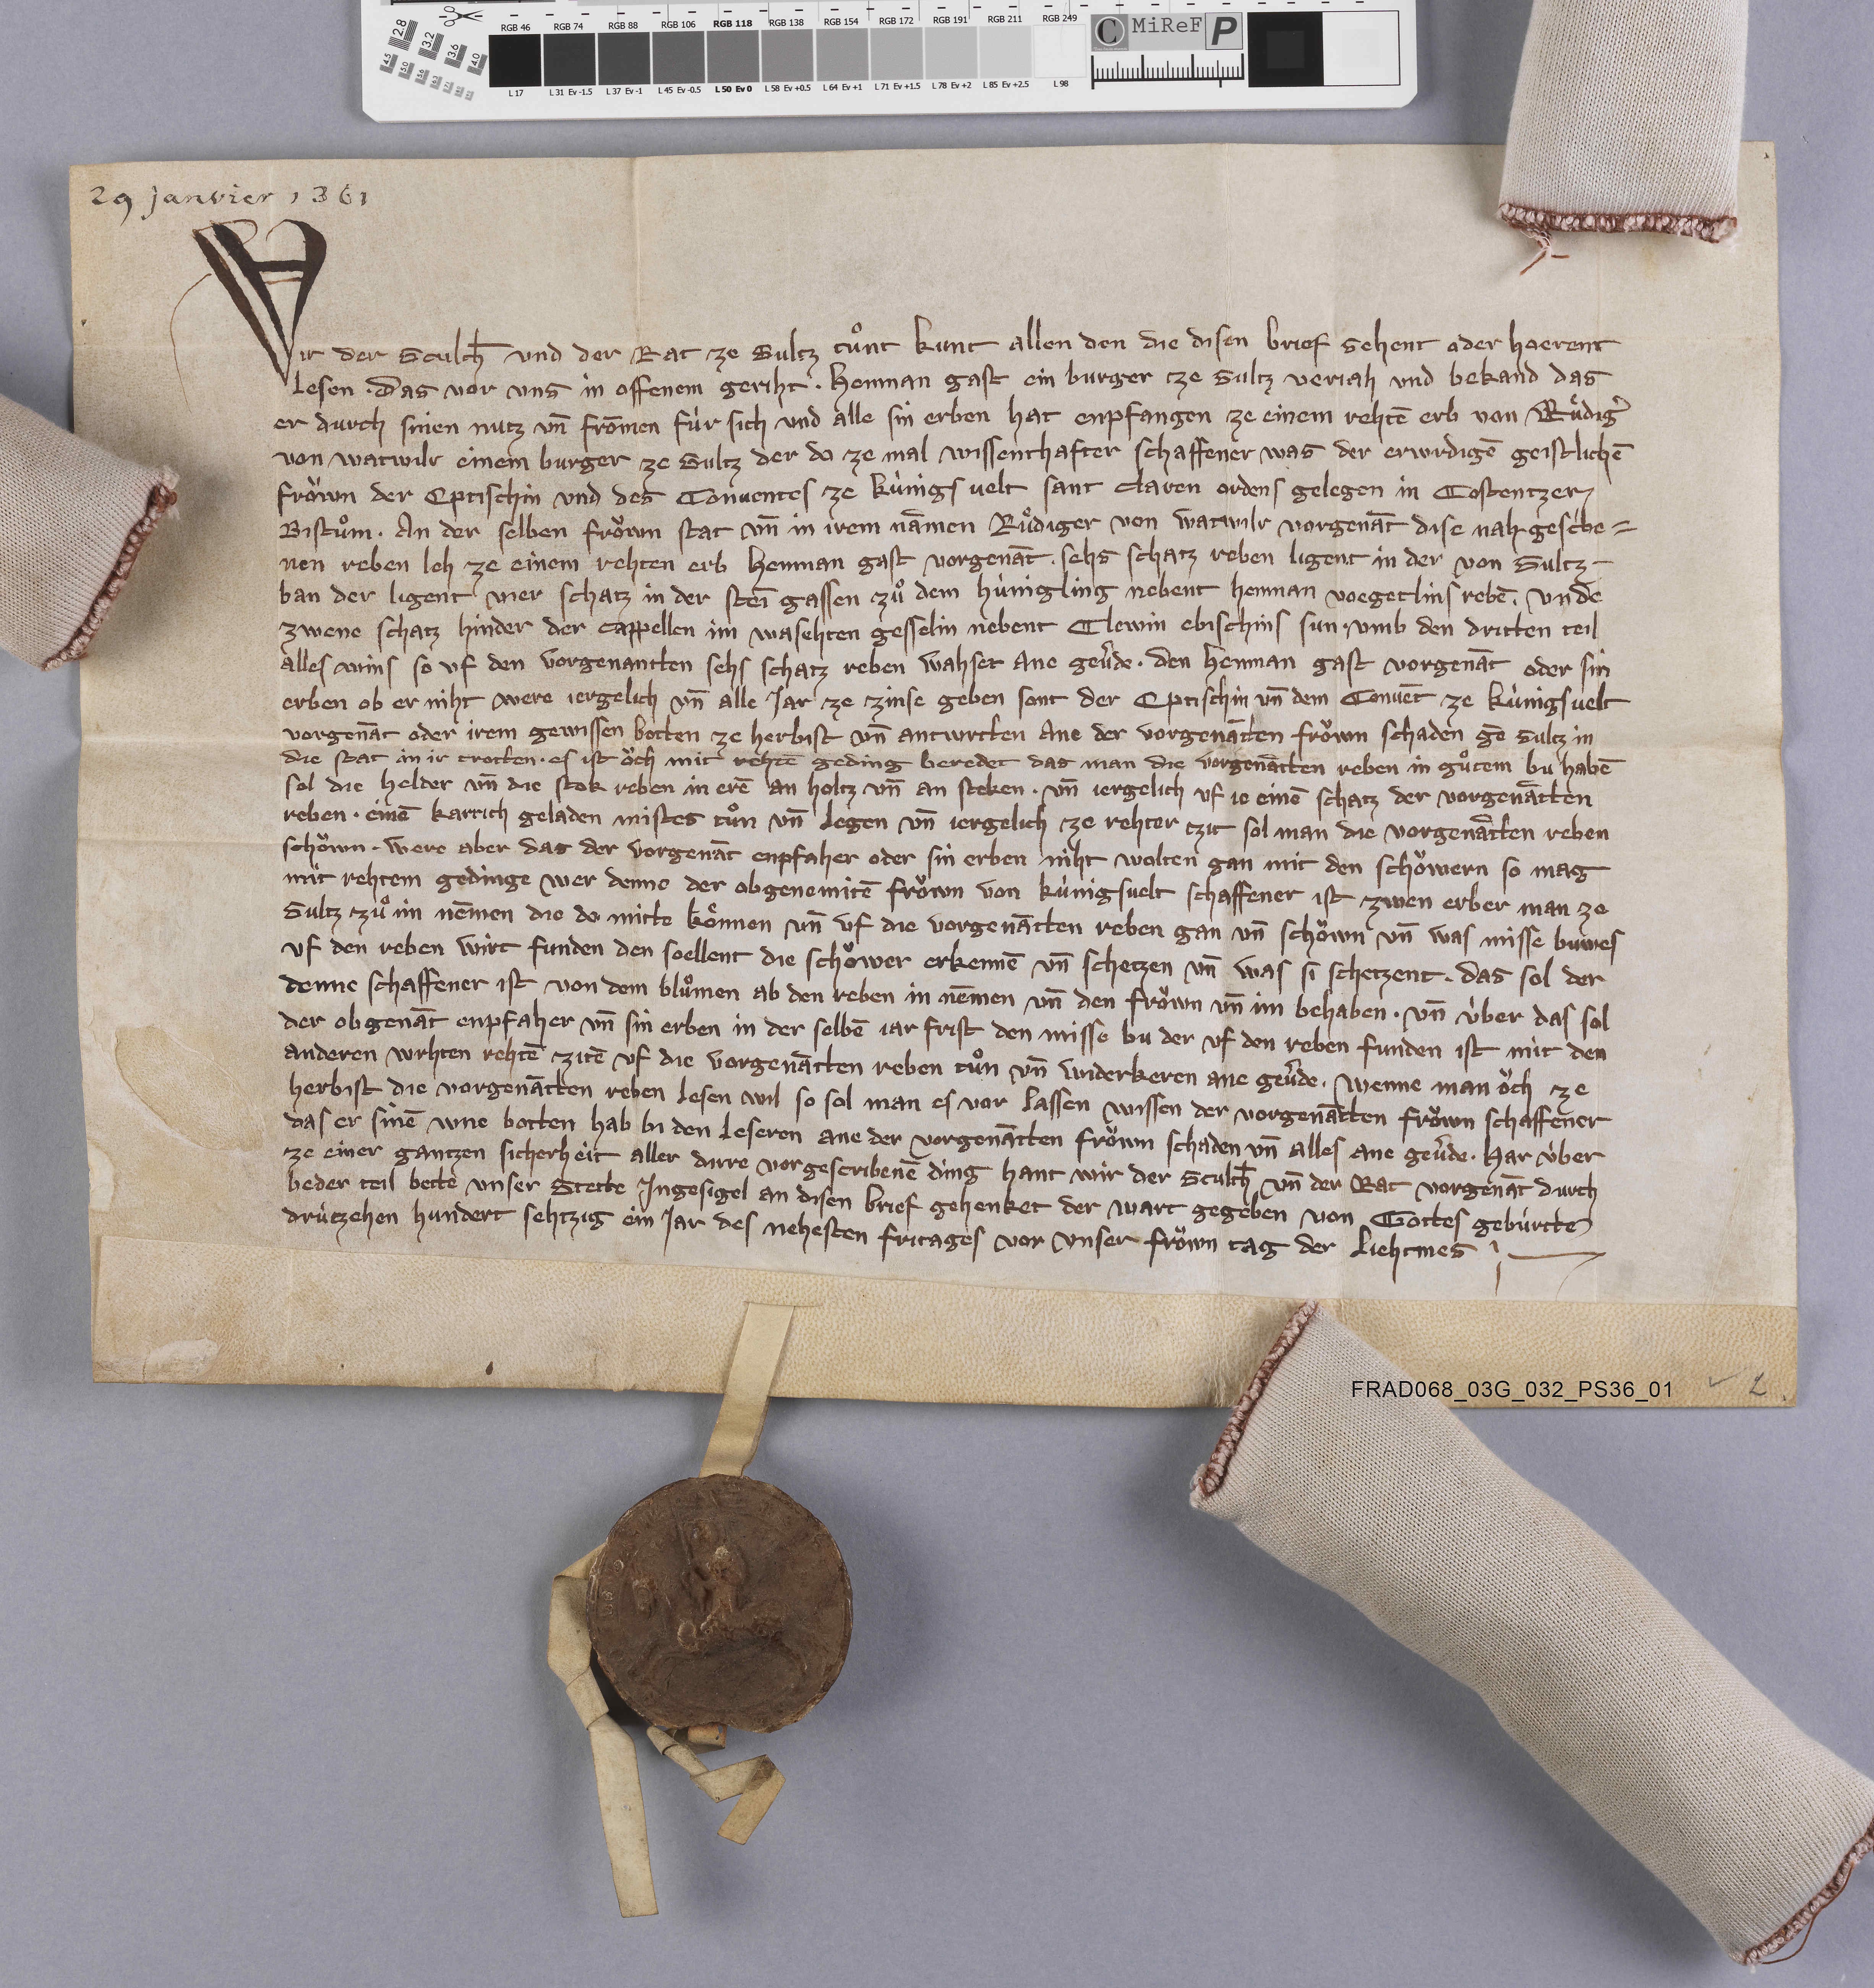
29 janvier 1361

Wir der sculth̄ und der rat ze Sultz tuͦnt kunt allen den die disen brief sehent oder hoerent
lesen ✳ das vor uns in offenem geriht ✳ Henman Gast ein burger ze Sultz verjah und bekand das
er durch sinen nutz un̄ frōmen fùr sich und alle sin erben hat enpfangen ze einem rehtē erb von Ruͤdigˀ
von Watwilr einem burger ze Sultz der do ze mal wissenthafter schaffener was der erwrdigē geistlichē
froͧwn der eptischin und des conventes ze Kùnigs velt Sant Claren ordens gelegen in Costentzer
bistuͦm ✳ an der selben froͧwn stat un̄ in irem nāmen Ruͤdiger von Watwilr vorgenāt dise nah gescˀbe¬
nen reben leh ze einem rehten erb Henman Gast vorgenāt ✳ sehs schatz reben ligent in der von Sultz ✳
ban der ligent vier schatz in der Steīgassen zuͦ dem Hùnigling nebent Henman Voegetlins rebē ✳ unde
zwene schatz hinder der cappellen im Wasehten Gesselin nebent Clewin Ebischins sun ✳ umb den dritten teil
alles wins so uf den vorgenantten sehs schatz reben wahset ane gevˀde ✳ den Henman Gast vorgenāt oder sin
erben ob er niht were jergelich un̄ alle jar ze zinse geben sont der eptischin un̄ dem convēt ze Kùnigsvelt
vorgenāt oder irem gewissen botten ze herbist un̄ antwrtten ane der vorgenātten froͧwn schaden gē Sultz in
die stat in ir trotten. ✳ es ist oͧch mit rehtē geding beredet das man die vorgenātten reben in guͦtem bu habē
sol die helder un̄ die stok reben in erē an holtz un̄ an steken. ✳ un̄ jergelich uf je einē schatz der vorgenātten
reben ✳ einē karrich geladen mistet tuͦn un̄  legen un̄ jergelich ze rehter tzit sol man die vorgenātten reben
schoͧwn. ✳ were aber das der vorgenāt enpfaher oder sin erben niht wolten gan mit den schoͧwern so mag
mit rehtem gedinge wer denne der obgenemitē froͧwn von Kùnigsvelt schaffener ist zwen erber man ze
Sultz zuͦ im nēmen die do mitt koͤnnen un̄ uf die vorgenātten reben gan un̄ schoͧwn un̄ was misse buwes
uf den reben wirt funden den soellent die schoͧwer erkennē un̄ schetzen un̄ was si schetzent ✳ das sol der
denne schaffener ist von dem bluͦmen ab den reben in nēmen un̄ den froͧwn un̄ im behaben. ✳ un̄ ùber das sol
der obgenāt enpfaher un̄ sin erben in der selbē jar frist den misse bu der uf den reben funden ist mit den
anderen wrhten rehtē zitē uf die vorgenātten reben tuͦn un̄ underkeren ane gevˀde. ✳ wenne man oͧch ze
herbist die vorgenātten reben lesen wil so sol man es vor lassen wissen der vogenātten froͧwn schaffener
das er sinē wne botten hab bi den leseren ane der vorgenātten froͧwn schaden un̄ alles ane gevˀde. ✳ har ùber
ze einer gantzen sicherheit aller dirre vorgescribenē ding hant wir der schulth̄ un̄ der rat vorgenāt durch
beder teil bette unser stette ingesigel an disen brief gehenket der wart gegeben von gottes gebùrtte
drùtzehen hundert sehtzig ein jar des nehesten fritages vor unser froͧwn tag der liehtmes. ✳